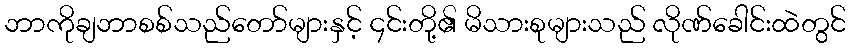
ဘာကိုချဘာစစ်သည်တော်များနှင့် ၄င်းတို့၏ မိသားစုများသည် လိုဏ်ခေါင်းထဲတွင်